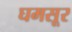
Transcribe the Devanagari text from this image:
घमसूर